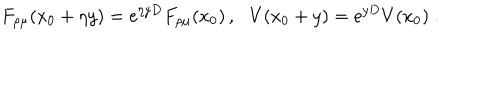
F _ { \rho \mu } ( x _ { 0 } + \eta y ) = \mathrm { e } ^ { \eta y D } F _ { \rho \mu } ( x _ { 0 } ) \, , \, \, \, \, V ( x _ { 0 } + y ) = \mathrm { e } ^ { y D } V ( x _ { 0 } ) \; .